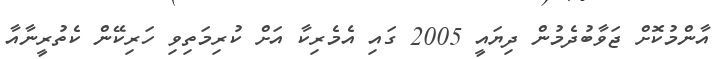
އާންމުކޮށް ޖަވާބުދެމުން ދިޔައީ 2005 ގައި އެމެރިކާ އަށް ކުރިމަތިވި ހަރިކޭން ކެތުރީނާއާ